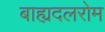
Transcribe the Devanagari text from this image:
बाह्यदलरोम